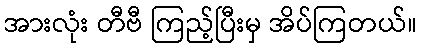
အားလုံး တီဗီ ကြည့်ပြီးမှ အိပ်ကြတယ်။